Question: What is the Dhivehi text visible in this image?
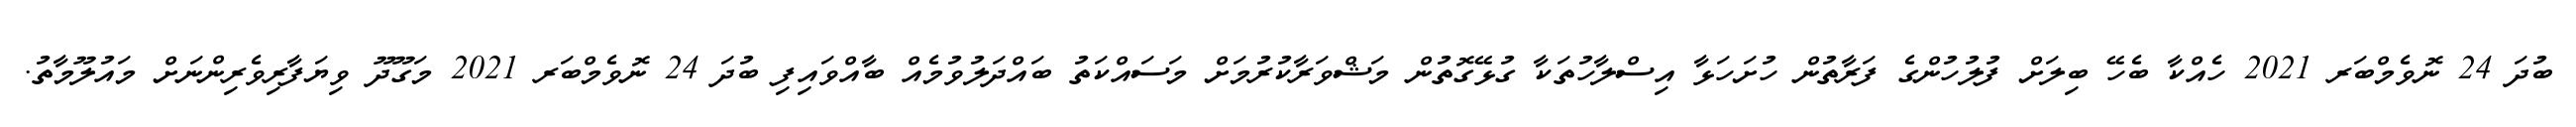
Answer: ބުދަ 24 ނޮވެމްބަރ 2021 ހެއްކާ ބެހޭ ބިލަށް ފުލުހުންގެ ފަރާތުން ހުށަހަޅާ އިސްލާހުތަކާ ގުޅޭގޮތުން މަޝްވަރާކުރުމަށް މަސައްކަތު ބައްދަލުވުމެއް ބާއްވައިފި ބުދަ 24 ނޮވެމްބަރ 2021 މަގޫދޫ ވިޔަފާރިވެރިންނަށް މައުލޫމާތު.